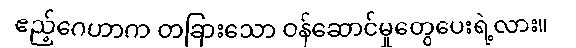
ဧည့်ဂေဟာက တခြားသော ဝန်ဆောင်မှုတွေပေးရဲ့လား။